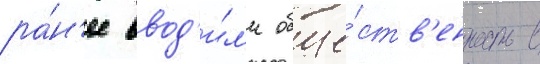
ра́н'ее ввод'и́л'и обще́ств'енность в